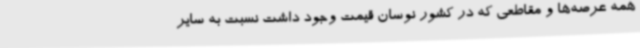
همه عرصه‌ها و مقاطعی که در کشور نوسان قیمت وجود داشت نسبت به سایر